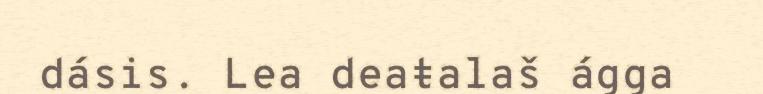
dásis. Lea deaŧalaš ágga